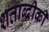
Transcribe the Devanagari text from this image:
शताब्दीकी